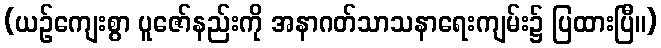
(ယဉ်ကျေးစွာ ပူဇော်နည်းကို အနာဂတ်သာသနာရေးကျမ်း၌ ပြထားပြီ။)